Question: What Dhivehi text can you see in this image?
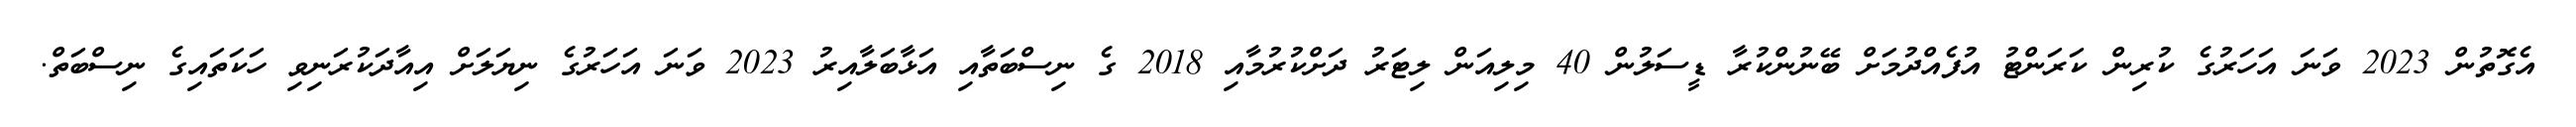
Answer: އެގޮތުން 2023 ވަނަ އަހަރުގެ ކުރިން ކަރަންޓު އުފެއްދުމަށް ބޭނުންކުރާ ޑީސަލުން 40 މިލިއަން ލިޓަރު ދަށްކުރުމާއި 2018 ގެ ނިސްބަތާއި އަޅާބަލާއިރު 2023 ވަނަ އަހަރުގެ ނިޔަލަށް އިއާދަކުރަނިވި ހަކަތައިގެ ނިސްބަތް.